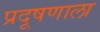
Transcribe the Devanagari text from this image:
प्रदूषणाला